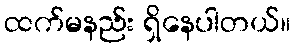
ထက်မနည်း ရှိနေပါတယ်။